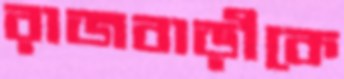
রাজবাড়ীকে